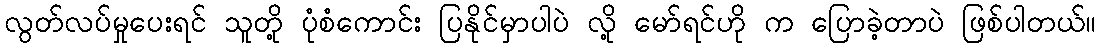
လွတ်လပ်မှုပေးရင် သူတို့ ပုံစံကောင်း ပြနိုင်မှာပါပဲ လို့ မော်ရင်ဟို က ပြောခဲ့တာပဲ ဖြစ်ပါတယ်။